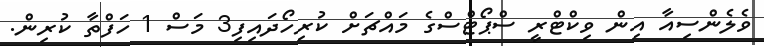
ވެލެންސިއާ އިން ވިކްޓްރީ ސްޕޯޓްސްގެ މައްޗަށް ކުރިހޯދައިފި3 މަސް 1 ހަފްތާ ކުރިން.